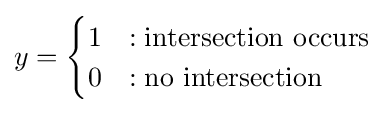
y={\begin{cases}1&:{\text{intersection occurs}}\\0&:{\text{no intersection}}\end{cases}}